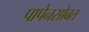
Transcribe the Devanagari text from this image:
पापेनसोबत